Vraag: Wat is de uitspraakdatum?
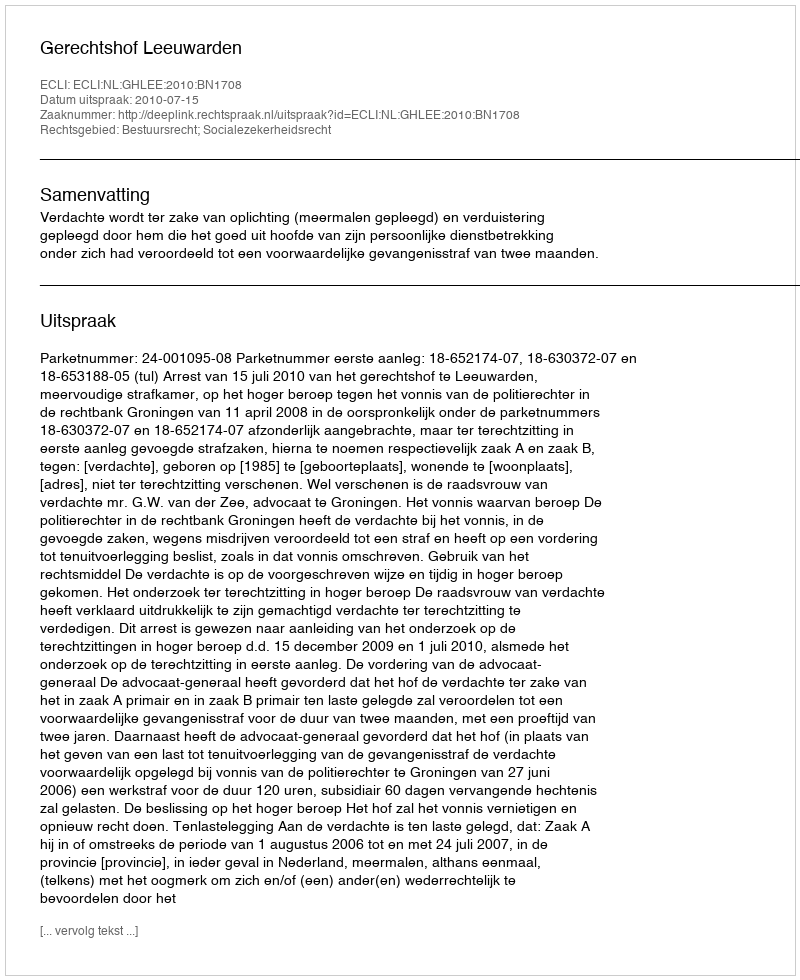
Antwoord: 2010-07-15